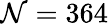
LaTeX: \mathcal{N}=364